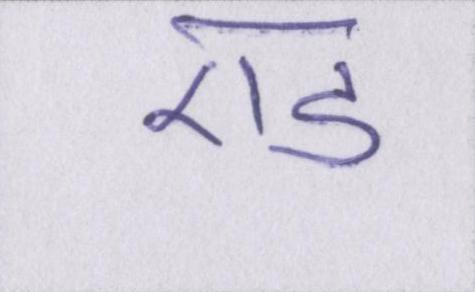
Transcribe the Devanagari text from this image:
एड